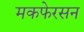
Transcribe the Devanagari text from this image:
मकफेरसन